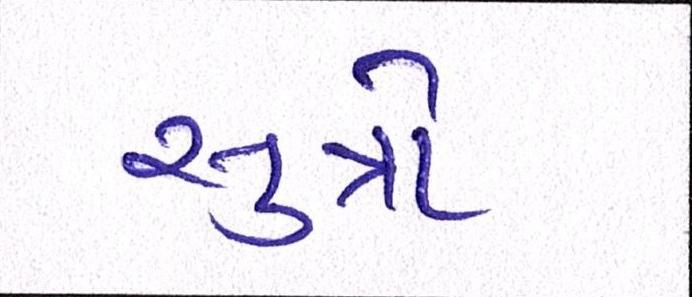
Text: સુત્રો